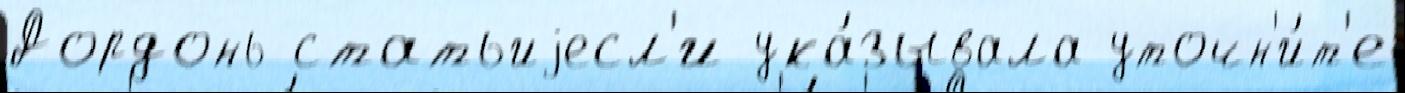
Дордонь статьиjесл'и ука́зывала уточн'и́т'е